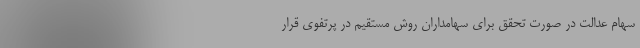
سهام عدالت در صورت تحقق برای سهامداران روش مستقیم در پرتفوی قرار